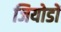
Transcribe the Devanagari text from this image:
जियोडों